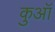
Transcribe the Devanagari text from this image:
कुआॅ